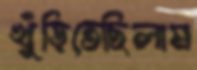
খুঁড়িতেছিলাম